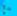
مع